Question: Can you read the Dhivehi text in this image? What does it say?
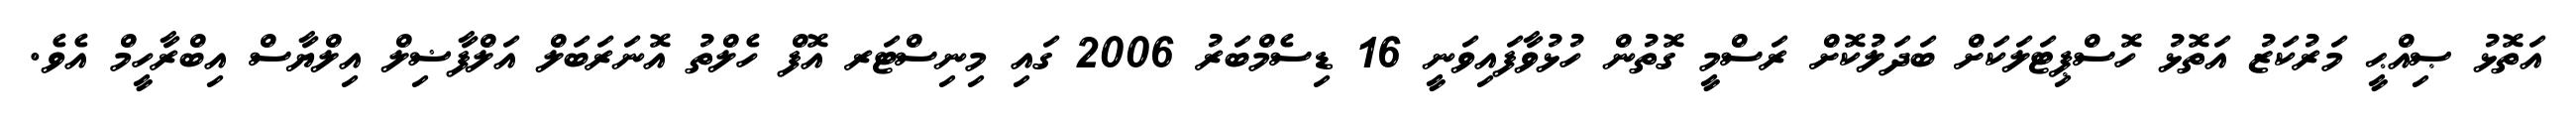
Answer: އަތޮޅު ޞިއްޙީ މަރުކަޒު އަތޮޅު ހޮސްޕިޓަލަކަށް ބަދަލުކޮށް ރަސްމީ ގޮތުން ހުޅުވާފައިވަނީ 16 ޑިސެމްބަރު 2006 ގައި މިނިސްޓަރ އޮފް ހެލްތު އޮނަރަބަލް އަލްފާޟިލް އިލްޔާސް އިބްރާހީމް އެވެ.